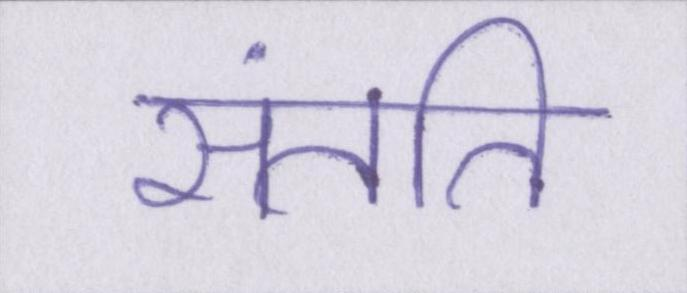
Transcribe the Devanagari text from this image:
संतति